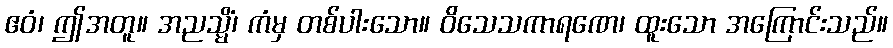
ဧဝံ၊ ဤအတူ။ အညသ္မိံ၊ ကံမှ တစ်ပါးသော။ ဝိသေသကာရဏေ၊ ထူးသော အကြောင်းသည်။